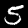
Label: 5